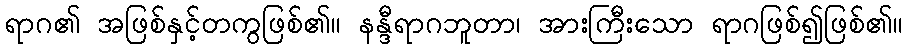
ရာဂ၏ အဖြစ်နှင့်တကွဖြစ်၏။ နန္ဒီရာဂဘူတာ၊ အားကြီးသော ရာဂဖြစ်၍ဖြစ်၏။